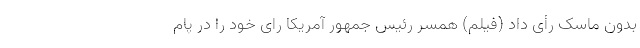
بدون ماسک رأی داد (فیلم) همسر رئیس جمهور آمریکا رای خود را در پام